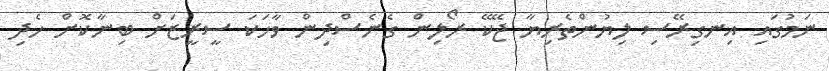
ނަމުގައި އިނގިރޭސި ލިޔުންތެރިޔާ ޖޭކޭ ރޯލިން ގެނެސްދިން ވާހަކަ ސީރީޒަށް ބިނާކޮށް ހެދި